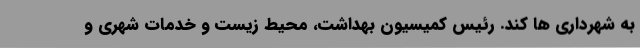
به شهرداری ها کند. رئیس کمیسیون بهداشت، محیط زیست و خدمات شهری و